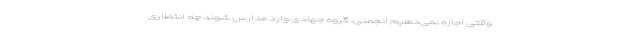
وقتی اجازه نمی‌دهیم انجمنی، گروه جهادی وارد مدارس شوند چه انتظاری